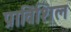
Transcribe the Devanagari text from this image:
प्राविंशिल